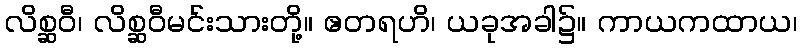
လိစ္ဆဝီ၊ လိစ္ဆဝီမင်းသားတို့။ ဧတရဟိ၊ ယခုအခါ၌။ ကာယကထာယ၊